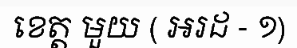
ខេត្ត មួយ ( អរដ - ១)